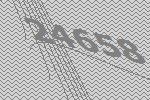
24658